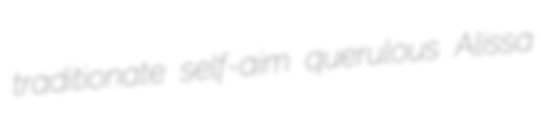
traditionate self-aim querulous Alissa